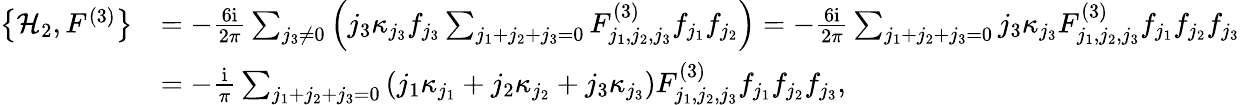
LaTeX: \begin{array}{rl}{\left\{ \mathcal{H}_{2},F^{(3)}\right\} }&{=-\frac{6\mathrm{i}}{2\pi}\sum_{j_{3}\ne 0}\left(j_{3}\kappa_{j_{3}}f_{j_{3}}\sum_{j_{1}+j_{2}+j_{3}=0}F_{j_{1},j_{2},j_{3}}^{(3)}f_{j_{1}}f_{j_{2}}\right)=-\frac{6\mathrm{i}}{2\pi}\sum_{j_{1}+j_{2}+j_{3}=0}j_{3}\kappa_{j_{3}}F_{j_{1},j_{2},j_{3}}^{(3)}f_{j_{1}}f_{j_{2}}f_{j_{3}}}\\ &{=-\frac{\mathrm{i}}{\pi}\sum_{j_{1}+j_{2}+j_{3}=0}\left(j_{1}\kappa_{j_{1}}+j_{2}\kappa_{j_{2}}+j_{3}\kappa_{j_{3}}\right)F_{j_{1},j_{2},j_{3}}^{(3)}f_{j_{1}}f_{j_{2}}f_{j_{3}},}\end{array}